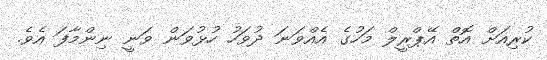
ކުރިއަށް އޮތް އޭޕްރީލް މަހުގެ އެއްވަނަ ދުވަހު ހުޅުވަން ވަނީ ނިންމާފަ އެވެ.